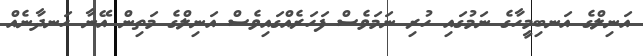
އަނިލްގެ އަނބިމީހާގެ ނަމުގައި ހުރި ނަމަވެސް ފަހަރެއްގައިވެސް އަނިލްގެ މަތިން އޭނާ ހަނދާނެއް